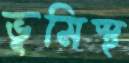
ভূমিস্থ